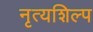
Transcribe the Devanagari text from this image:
नृत्यशिल्प